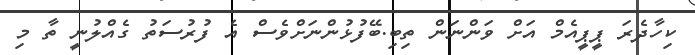
ކިހާދެރަ ޕީޕީއެމް އަށް ވަންނަން ތިބި.ބޭފުޅުންނަށްވެސް އެ ފުރުސަތު ގެއްލުނީ ތާ މި